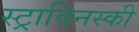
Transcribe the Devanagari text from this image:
स्ट्राविनस्की